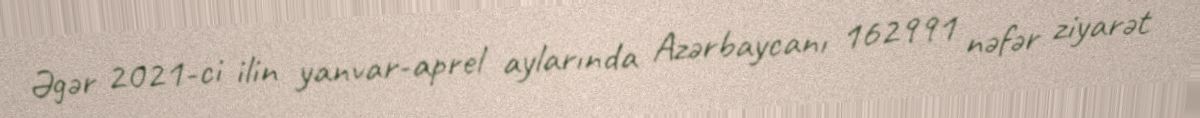
Əgər 2021-ci ilin yanvar-aprel aylarında Azərbaycanı 162991 nəfər ziyarət